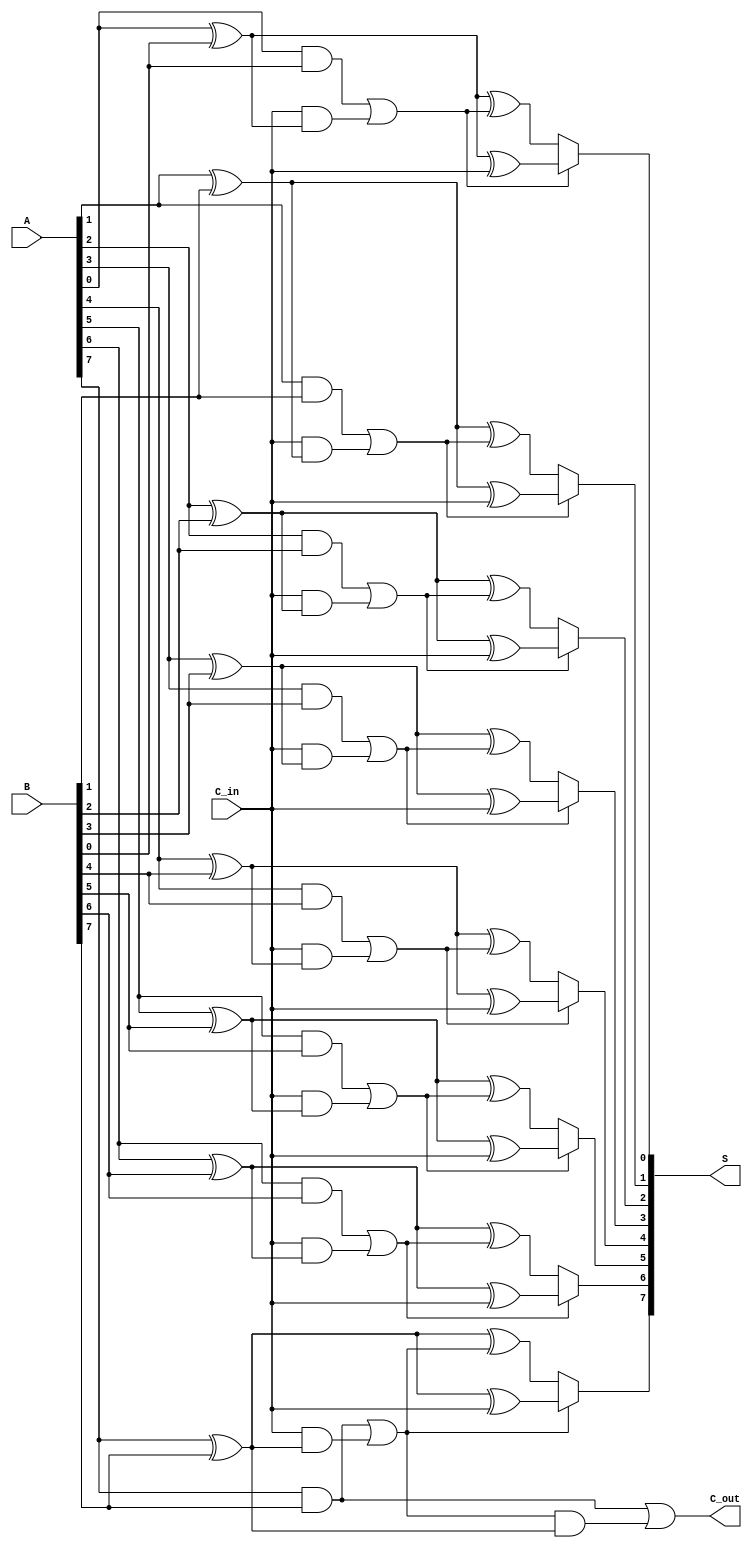
module ConditionalSumAdder #(parameter n = 8) (
    input [n-1:0] A,
    input [n-1:0] B,
    input C_in,
    output [n-1:0] S,
    output C_out
);

    wire [n-1:0] S0, S1; // Partial sums
    wire [n-1:0] C0, C1; // Carry outputs
    wire [n-1:0] C_select; // Carry selection for multiplexing

    // Calculate partial sums and carries for each bit position
    genvar i;
    generate
        for (i = 0; i < n; i = i + 1) begin : CSA_BITS
            // Calculate S0 and S1
            assign S0[i] = A[i] ^ B[i] ^ C_in;
            assign S1[i] = A[i] ^ B[i] ^ C0[i];

            // Calculate C0 and C1
            assign C0[i] = (A[i] & B[i]) | (C_in & (A[i] ^ B[i]));
            assign C1[i] = (A[i] & B[i]) | (C0[i] & (A[i] ^ B[i]));
        end
    endgenerate

    // Select the output sum based on the carry condition
    generate
        for (i = 0; i < n; i = i + 1) begin : SELECT_SUM
            assign S[i] = C0[i] ? S0[i] : S1[i];
        end
    endgenerate

    // Final carry output is determined from the last carry outputs
    assign C_out = C1[n-1];

endmodule